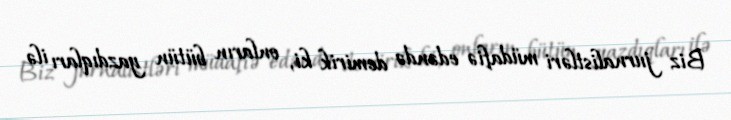
Biz jurnalistləri müdafiə edəndə demirik ki, onların bütün yazdıqları ilə